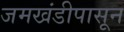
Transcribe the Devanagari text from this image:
जमखंडीपासून